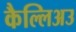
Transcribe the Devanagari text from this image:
कैल्लिअउ